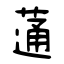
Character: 蓪